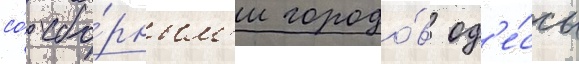
со́ сбо́рным'и городо́в од'е́ссы